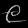
Digit: ၉